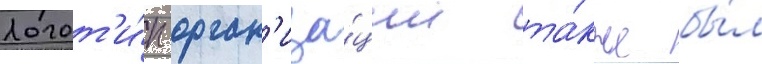
Логот'и́п орган'иза́ции та́кже бы́л